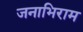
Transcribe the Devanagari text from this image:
जनाभिराम